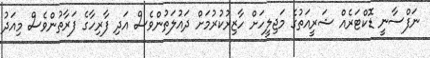
ނަފްސާނީ ޑޮކްޓަރެއް ޝަރީއަތުގެ މަޖިލީހަށް ހާޒިރުކުރުމަށް ދައުލަތުންވެސް އަދި ފާރިހާގެ ފަރާތުންވެސް މިއަދު